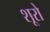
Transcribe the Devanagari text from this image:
शूरो